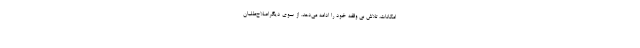
امكانات، تلاش بي وقفه خود را ادامه مي‌دهد. از سوي ديگراصلاح‌طلبان